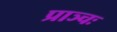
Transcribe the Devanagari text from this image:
प्राञ्चः